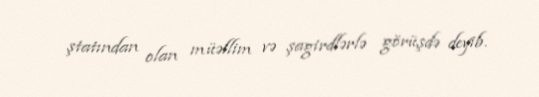
ştatından olan müəllim və şagirdlərlə görüşdə deyib.